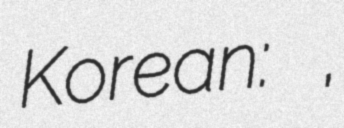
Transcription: Korean: 김정은,